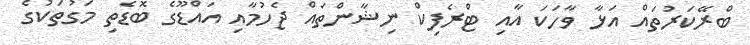
ބްރޭކަރުތައް އަޅާ ވާހަކަ އާއި ޓްރެފިކް ނިޝާންތައް ޖެހުމާއި އައްޑޫގެ ބޮޑެތި މަގުތަކުގެ